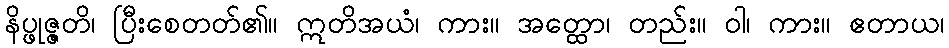
နိပ္ဖုဇ္ဇတိ၊ ပြီးစေတတ်၏။ ဣတိအယံ၊ ကား။ အတ္ထော၊ တည်း။ ဝါ၊ ကား။ ဧတာယ၊